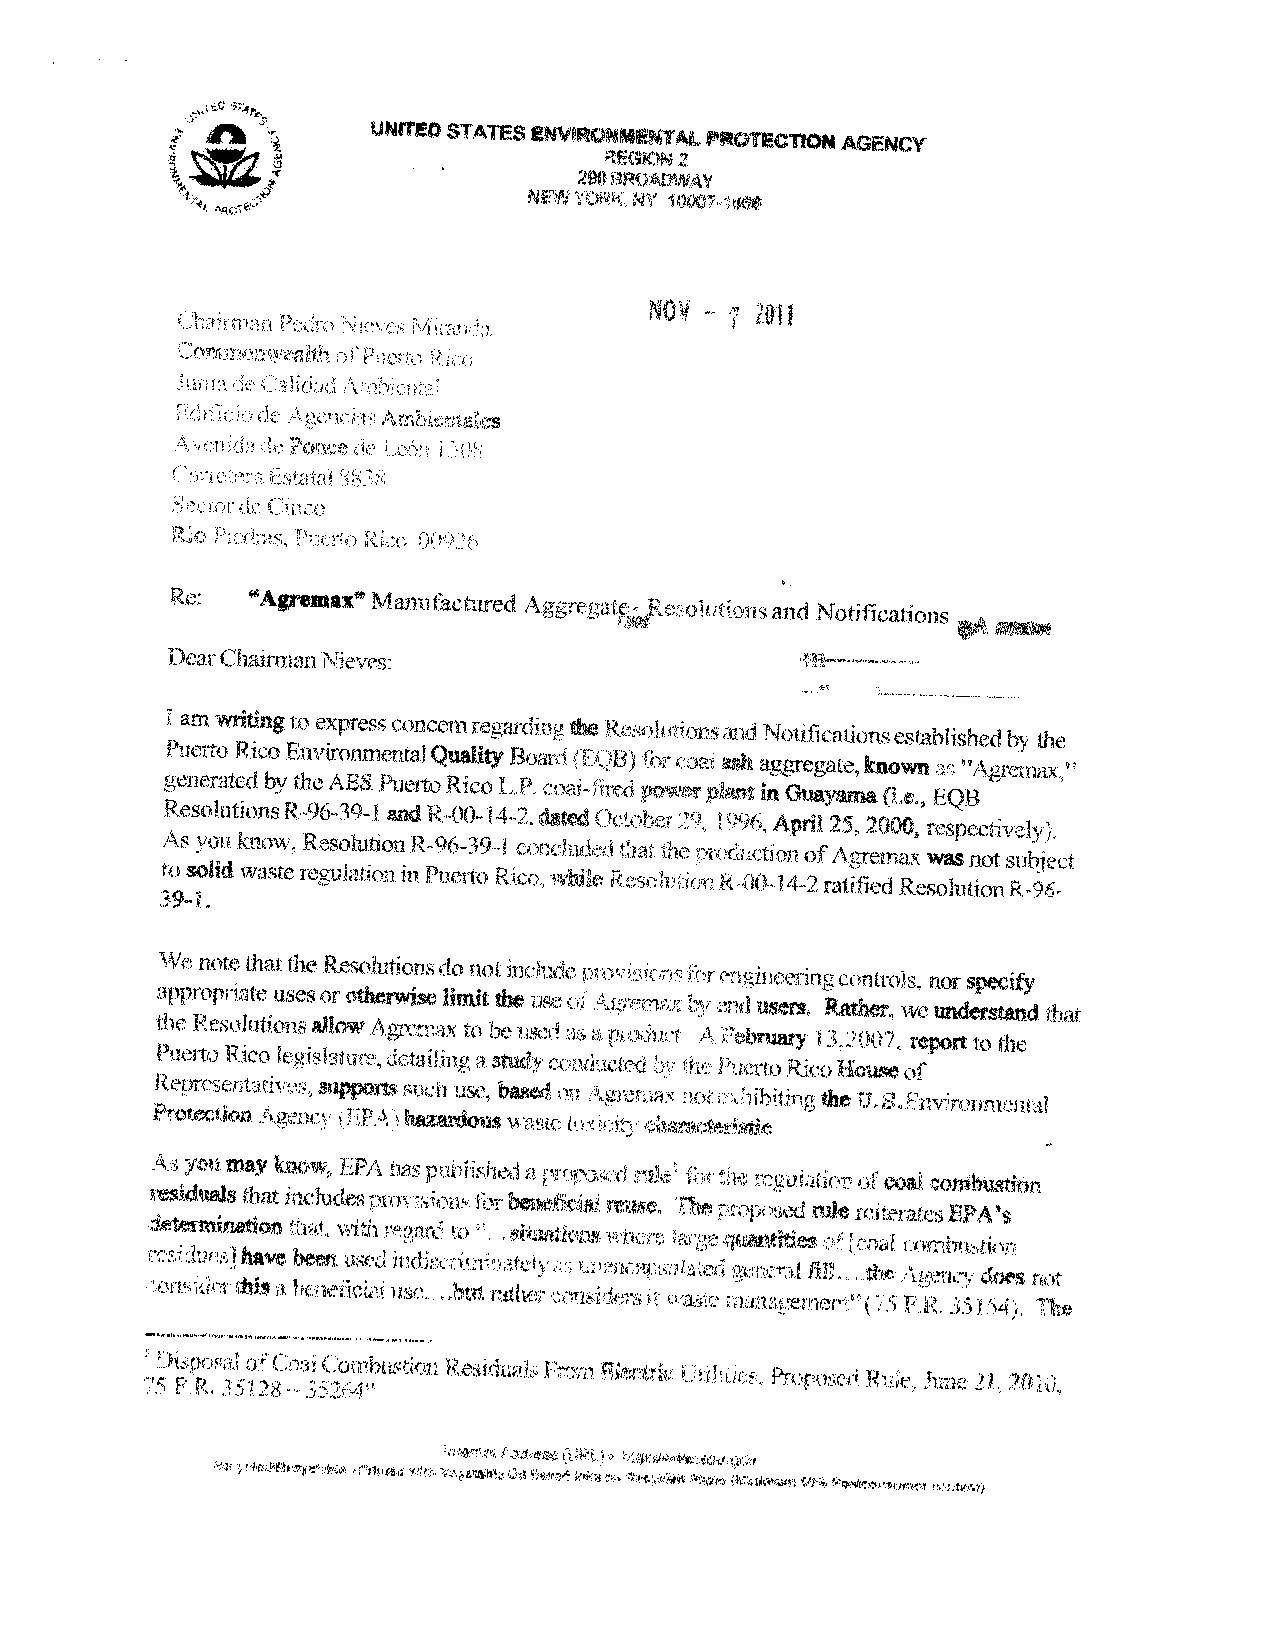
_____
 _____
 S
 ,,
 UN$TEDSTATESENVRQNMENTALP
 TCTONAGENCY
 REGION2
 290BROADWAY
 3                 NEW ?GRV
 4L pq,’
 Re:  ‘Agremax” Manufactured AggregatçRelutcnsand
 Notifications
 DearChairmanNieves:
 i amwritingto expressconcern
 rcgardinuthe Resohidonsand Notificationsestablishedby
 the
 gP eu ne ert ro ateR dic bo yE tn hv ei Aro Bn Sme Pn ut ea rl toQ Rua icli oty LB Po .a cr od a( iF fQ ireB dI pb or weo rin pla as nh ta ingg Gre ug aa yt ae m,k an (o Lw en
 ,
 EN Q‘ BAgrernwc”
 ResolutionsR-96-39-I and ROOI42 dated()cobei ‘9 Q06.April 25, 2000, respectiveI)
 As you know. ResolutionR9639’i concludedhat the preductionofAgrernaxwasnot
 subject
 tosolidwasteregulationin
 Puerto Rico.while Rfs r 1)0142ratified ResolutionR96
 We notethatthe Resolutionsdo not includero’ sS r h’rigineeringcontrols,
 norspecify
 appropriate usesorotherwiselimitthe
 use 01 ‘oue” hv ‘nd users. Rather, weunderstand that
 the ResolutioncallowAgremax
 to be used as -i icbruaEy l ,2OO1, reportlothe
 Puerto Rico legislature.detadingastudy
 once    the 0uerto RicoHouseof
 Rcprcsentaues.supportssuch
 use, basedon \ “01 nihitingthe TJ,B Fnviroiunental
 Protection \eenc (F P \hazardouswasu ‘hereteiastic
 youmayknow, EPA has publisheda.
 reie  iie rgulauonofcoal combustion
 residualsthat includes cit !cmnslbrbeneficialreuseS Theo posedrulereiteratesEPA’s
 determinationThat. with tee ii to iatuations r
 c havebeen used
 ous derthisa benefica:
 ‘,eii t ho un ti ri ua t!
 h :
 aeral fill the \ccic does no
 ‘aer     S R. IS 4 The
 ‘FR  392( 8 era 3i( ”o 6z 4: ”ihustion Residuai E1ctiri Proposed Rule, June21 20h